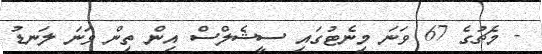
- މެޗުގެ 67 ވަނަ މިނެޓުގައި ސީޝެލްސް އިން ތިން ވަނަ ލަނޑު